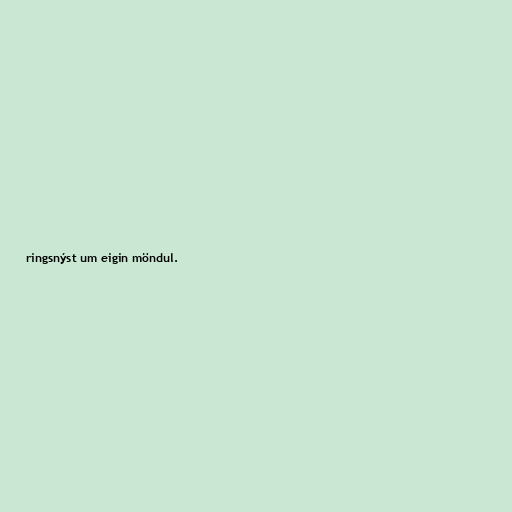
ringsnýst um eigin möndul.